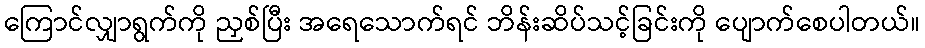
ကြောင်လျှာရွက်ကို ညှစ်ပြီး အရေသောက်ရင် ဘိန်းဆိပ်သင့်ခြင်းကို ပျောက်စေပါတယ်။